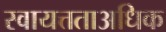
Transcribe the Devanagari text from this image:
स्वायत्तताअधिक